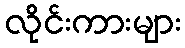
လိုင်းကားများ